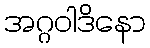
အဂ္ဂဝါဒိနော